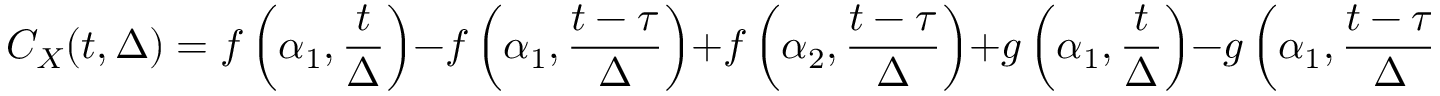
C _ { X } ( t , \Delta ) = f \left( \alpha _ { 1 } , \frac { t } { \Delta } \right) - f \left( \alpha _ { 1 } , \frac { t - \tau } { \Delta } \right) + f \left( \alpha _ { 2 } , \frac { t - \tau } { \Delta } \right) + g \left( \alpha _ { 1 } , \frac { t } { \Delta } \right) - g \left( \alpha _ { 1 } , \frac { t - \tau } { \Delta } \right) + g \left( \alpha _ { 2 } , \frac { t - \tau } { \Delta } \right) ,